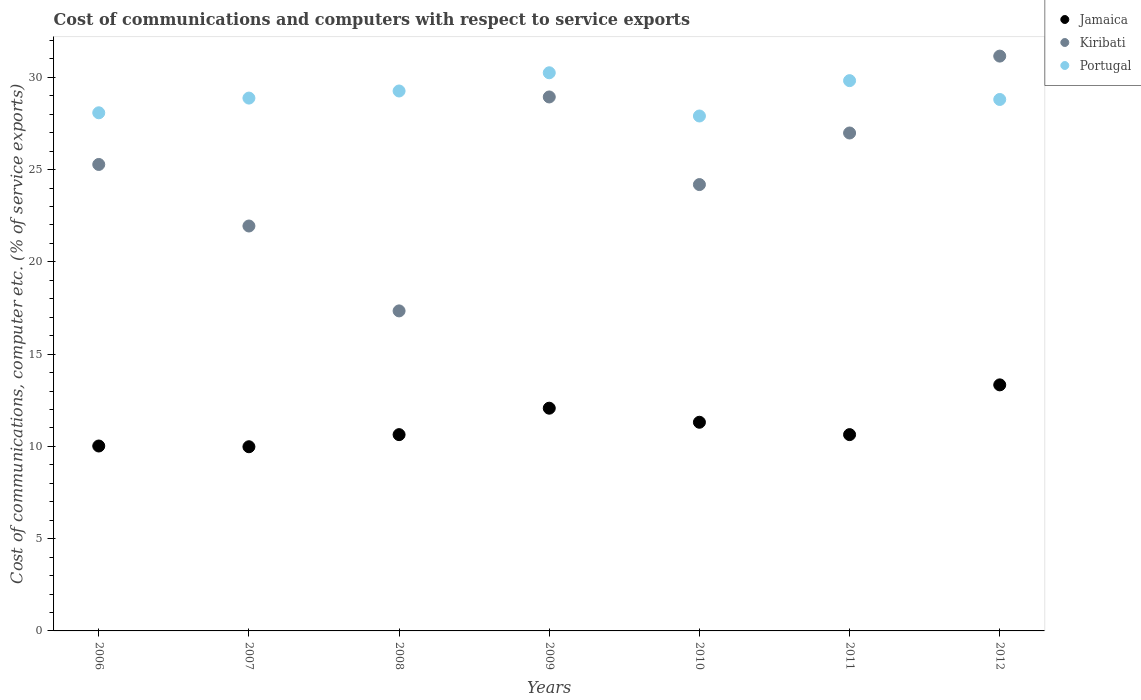
| Years | Jamaica | Kiribati | Portugal |
 | --- | --- | --- | --- |
 | 2006 | 10 | 25.3 | 28.1 |
 | 2007 | 9.98 | 21.9 | 28.9 |
 | 2008 | 10.6 | 17.3 | 29.3 |
 | 2009 | 12.1 | 28.9 | 30.2 |
 | 2010 | 11.3 | 24.2 | 27.9 |
 | 2011 | 10.6 | 27 | 29.8 |
 | 2012 | 13.3 | 31.2 | 28.8 |